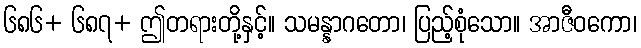
၆၈၆+ ၆၈၇+ ဤတရားတို့နှင့်။ သမန္နာဂတော၊ ပြည့်စုံသော။ အာဇီဝကော၊